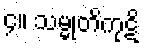
၄။ သမ္မုတိကုဋိ